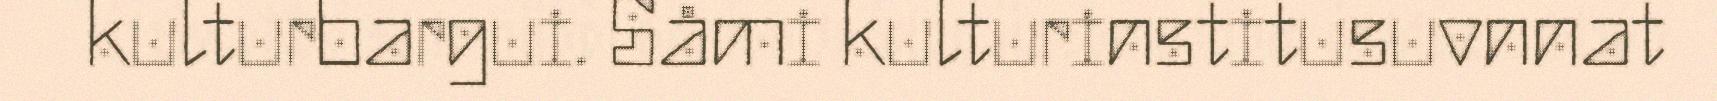
kulturbargui. Såmi kulturinstitusuvnnat